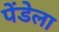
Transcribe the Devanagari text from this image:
पेंडेला